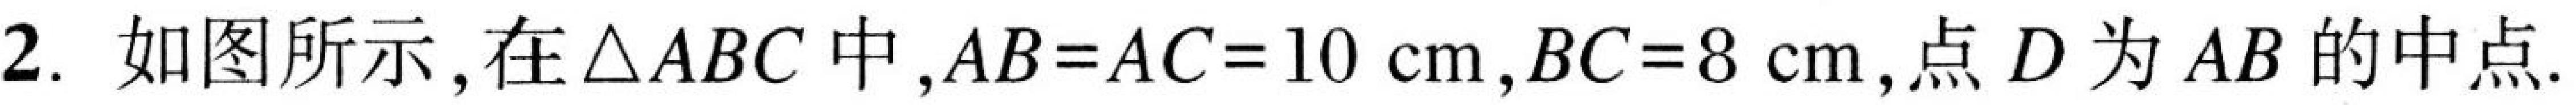
2. 如图所示，在\(\triangle ABC\)中，\(AB = AC = 10\mathrm{cm}\)，\(BC = 8\mathrm{cm}\)，点\(D\)为\(AB\)的中点.